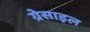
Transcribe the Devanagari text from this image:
ग्रेसाइल